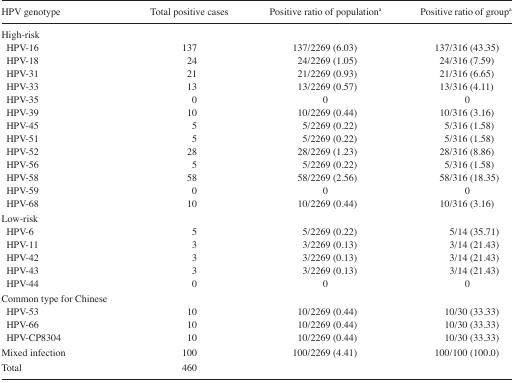
| HPV genotype | Total positive cases | Positive ratio of populationa | Positive ratio of groupa |
 | --- | --- | --- | --- |
 | High-risk |  |  |  |
 | HPV-16 | 137 | 137/2269 (6.03) | 137/316 (43.35) |
 | HPV-18 | 24 | 24/2269 (1.05) | 24/316 (7.59) |
 | HPV-31 | 21 | 21/2269 (0.93) | 21/316 (6.65) |
 | HPV-33 | 13 | 13/2269 (0.57) | 13/316 (4.11) |
 | HPV-35 | 0 | 0 | 0 |
 | HPV-39 | 10 | 10/2269 (0.44) | 10/316 (3.16) |
 | HPV-45 | 5 | 5/2269 (0.22) | 5/316 (1.58) |
 | HPV-51 | 5 | 5/2269 (0.22) | 5/316 (1.58) |
 | HPV-52 | 28 | 28/2269 (1.23) | 28/316 (8.86) |
 | HPV-56 | 5 | 5/2269 (0.22) | 5/316 (1.58) |
 | HPV-58 | 58 | 58/2269 (2.56) | 58/316 (18.35) |
 | HPV-59 | 0 | 0 | 0 |
 | HPV-68 | 10 | 10/2269 (0.44) | 10/316 (3.16) |
 | Low-risk |  |  |  |
 | HPV-6 | 5 | 5/2269 (0.22) | 5/14 (35.71) |
 | HPV-11 | 3 | 3/2269 (0.13) | 3/14 (21.43) |
 | HPV-42 | 3 | 3/2269 (0.13) | 3/14 (21.43) |
 | HPV-43 | 3 | 3/2269 (0.13) | 3/14 (21.43) |
 | HPV-44 | 0 | 0 | 0 |
 | Common type for Chinese |  |  |  |
 | HPV-53 | 10 | 10/2269 (0.44) | 10/30 (33.33) |
 | HPV-66 | 10 | 10/2269 (0.44) | 10/30 (33.33) |
 | HPV-CP8304 | 10 | 10/2269 (0.44) | 10/30 (33.33) |
 | Mixed infection | 100 | 100/2269 (4.41) | 100/100 (100.0) |
 | Total | 460 |  |  |